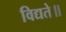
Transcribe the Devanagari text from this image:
विद्यते॥